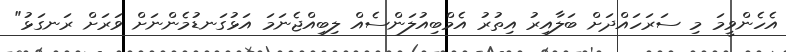
އެހެންވީމަ މި ސަރަހައްދަށް ބަލާއިރު އިތުރު އެމްބިއުލަންސެއް ލިބިއްޖެނަމަ އަޅުގަނޑުމެންނަށް ވަރަށް ރަނގަޅު"